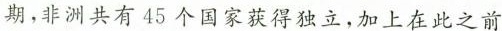
期，非洲共有45个国家获得独立，加上在此之前